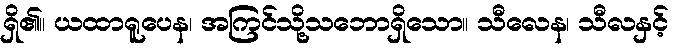
ရှိ၏။ ယထာရူပေန၊ အကြင်သို့သဘောရှိသော။ သီလေန၊ သီလနှင့်